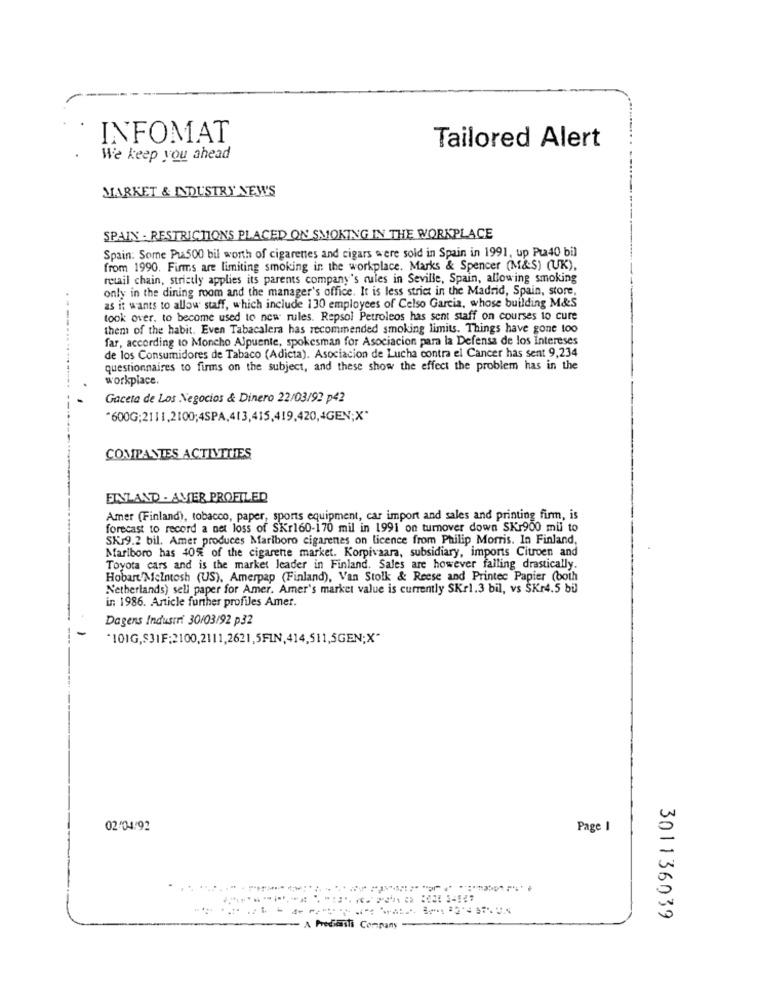
INFOMAT
Tailored Alert
We keep you ahead
MARKET & INDUSTRY NEW'S
SPAIN - RESTRICTIONS PLACED ON SMOKING IN THE WORKPLACE
Spain: Some Pu500 bil worth of cigarenes and cigars were sold in Spain in 1991, up Pta40 bil
from 1990. Firms are limiting smoking in the workplace. Marks & Spencer (M&S) (UK),
retail chain, strictly applies its parents company's rules in Seville, Spain, allowing smoking
only in the dining room and the manager's office. It is less strict in the Madrid, Spain, store,
as it wants to allow staff, which include 130 employees of Celso Garcia, whose building M&S
took over. to become used to new rules. Repsol Petroleos has sent staff on courses to cure
them of the habit. Even Tabacalera has recommended smoking limits. Things have gone too
far, according to Moncho Alpuente, spokesman for Asociacion para la Defensa de los Intereses
de los Consumidores de Tabaco (Adicta). Asociacion de Lucha contra el Cancer has sent 9,234
questionnaires to firms on the subject, and these show the effect the problem has in the
workplace.
Gaceta de Los Negocios & Dinero 22/03/92 p42
"600G;2111,2100;4SPA,413,415,419,420,4GEN;X"
COMPANIES ACTIVITIES
FINLAND . AVER PROFILED
Amer (Finland), tobacco, paper, sports equipment, car import and sales and printing firm, is
forecast to record a net loss of SKr160-170 mil in 1991 on turnover down SKr900 mil to
SKJ9.2 bil. Amer produces Marlboro cigarenes on licence from Philip Morris. In Finland,
Marlboro has 40% of the cigarette market. Korpivaara, subsidiary, imports Citroen and
Toyota cars and is the market leader in Finland. Sales are however falling drastically.
Hobart MeIntosh (US), Amerpap (Finland), Van Stolk & Reese and Printec Papier (both
Netherlands) sell paper for Amer. Amer's market value is currently SKr1.3 bil, vs $Kr4.5 bü
in 1986. Article further profiles Amer.
Dagens Industri 30/03/92 p32
"101G,S3IF:2100,2111,2621,5FIN,414,511,5GEN;X“
02/04/92
Page I
301136039
A Predicaiti Company